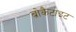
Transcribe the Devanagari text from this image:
ब्रोकैटाइट